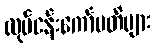
လုပ်ငန်းကော်မတီများ